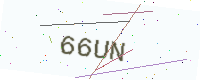
Text: 66UN